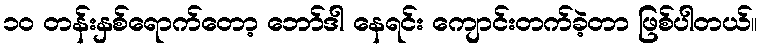
၁၀ တန်းနှစ်ရောက်တော့ ဘော်ဒါ နေရင်း ကျောင်းတက်ခဲ့တာ ဖြစ်ပါတယ်။